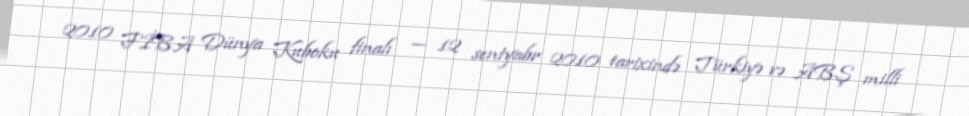
2010 FİBA Dünya Kuboku finalı — 12 sentyabr 2010 tarixində Türkiyə və ABŞ milli